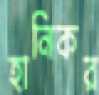
হানিকর